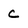
Character: c